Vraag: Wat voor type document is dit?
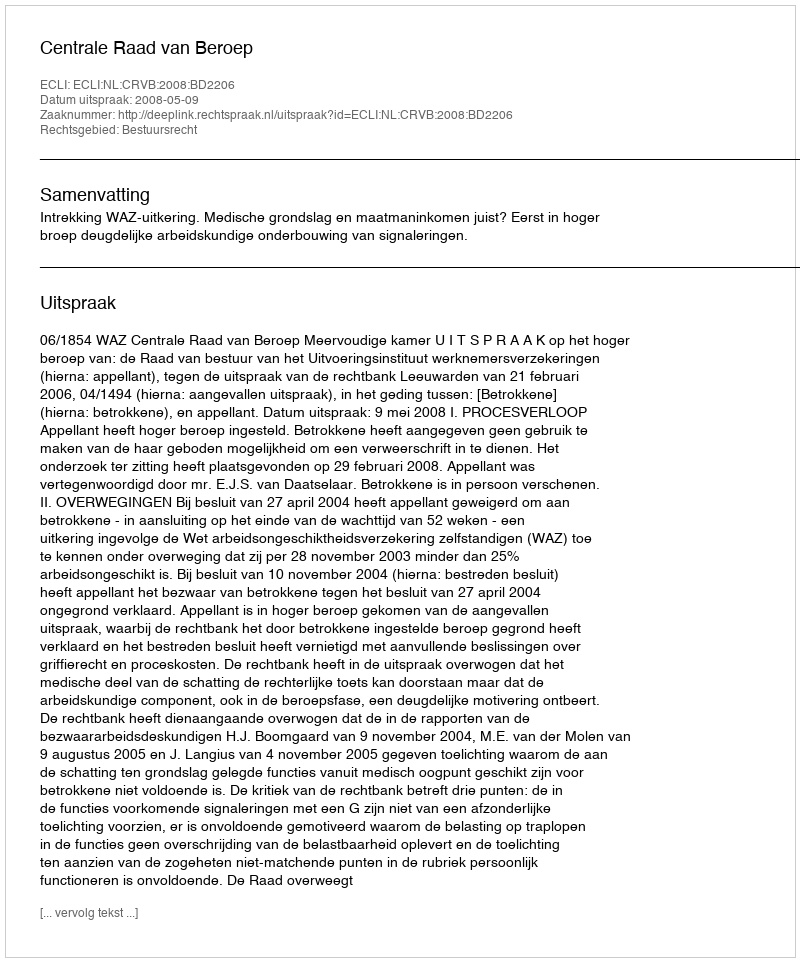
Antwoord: Uitspraak